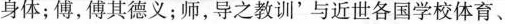
身体；傅，傅其德义；师，导之教训'与近世各国学校体育、